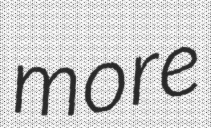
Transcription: more